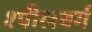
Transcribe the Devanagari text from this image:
श्पीलबर्ग